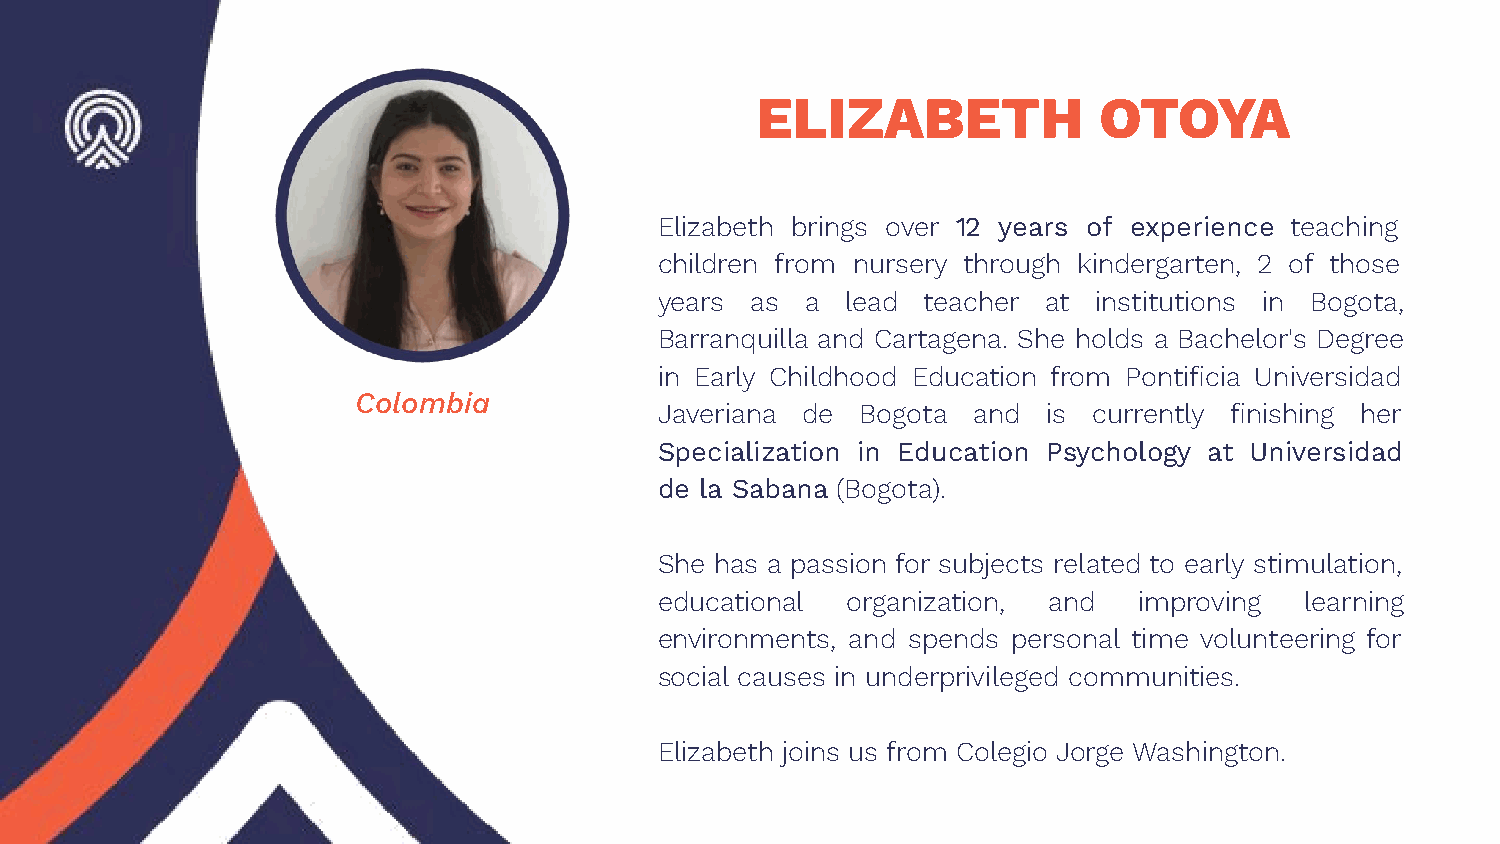
ELIZABETH              OTOYA
 Elizabeth brings over 12 years of experience teaching
 children from nursery through kindergarten, 2 of those
 years as a  lead teacher at  institutions in Bogota,
 Barranquilla and Cartagena. She holds a Bachelor's Degree
 in Early Childhood Education from Pontificia Universidad
 Colombia
 Javeriana de Bogota and  is currently finishing her
 Specialization in Education Psychology at Universidad
 de la Sabana (Bogota).
 She has a passion for subjects related to early stimulation,
 educational organization, and  improving  learning
 environments, and spends personal time volunteering for
 social causes in underprivileged communities.
 Elizabeth joins us from Colegio Jorge Washington.